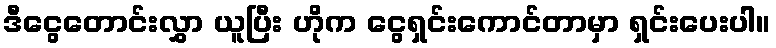
ဒီငွေတောင်းလွှာ ယူပြီး ဟိုက ငွေရှင်းကောင်တာမှာ ရှင်းပေးပါ။